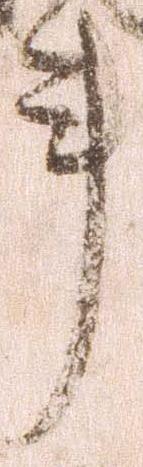
事